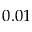
0 . 0 1